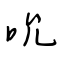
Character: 吮